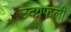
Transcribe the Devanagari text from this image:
उदग्रफली